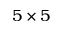
5 \times 5